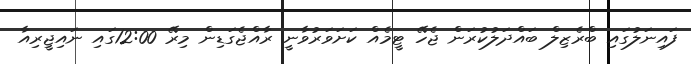
ފައިނަލުގައި ބްރެޒިލް ބައްދަލުކުރަން ޖެހޭ ޓީމެއް ކަށަވަރުވާނީ ރާއްޖެގަޑިން މިރޭ 12:00ގައި ނައިޖީރިއާ